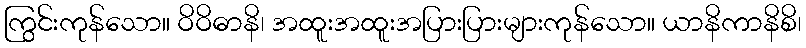
ကြွင်းကုန်သော။ ဝိဝိဓာနိ၊ အထူးအထူးအပြားပြားများကုန်သော။ ယာနိကာနိစိ၊